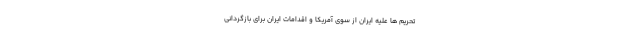
تحریم ها علیه ایران از سوی آمریکا و اقدامات ایران برای بازگردانی